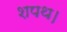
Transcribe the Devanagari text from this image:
शपथ।